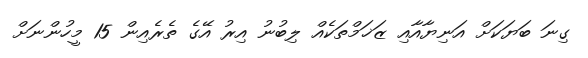
ގިނަ ބަޔަކަށް އަނިޔާއާއި ޒަޚަމްތަކެއް ލިބުނު އިރު އޭގެ ތެރެއިން 15 މީހުންނަށް